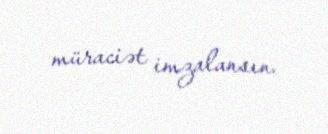
müraciət imzalansın.